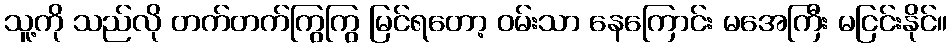
သူ့ကို သည်လို တက်တက်ကြွကြွ မြင်ရတော့ ဝမ်းသာ နေကြောင်း မအေကြီး မငြင်းနိုင်။